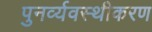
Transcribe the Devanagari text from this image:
पुनर्व्यवस्थीकरण